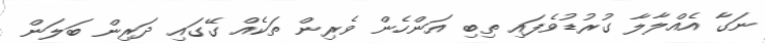
ނަގާ އެއްލާލާ ގުރުޑުވެފައި ތިބި އަންހެން ވެެރިން ތަކެއް ގޭގައި ދަރިން ބަލަން